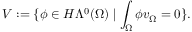
V : = \{ \phi \in H \Lambda ^ { 0 } ( \Omega ) \mid \int _ { \Omega } \phi v _ { \Omega } = 0 \} .